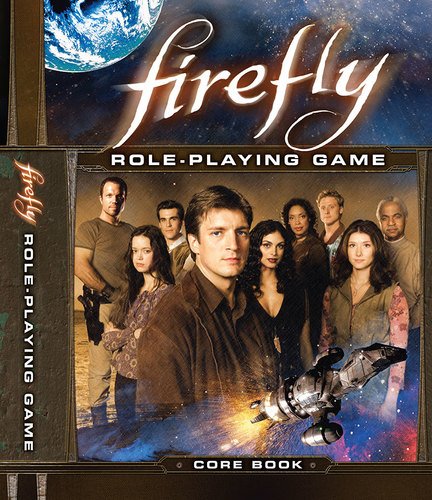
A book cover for Firefly RPG; Margaret Weis Productions; Science Fiction & Fantasy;